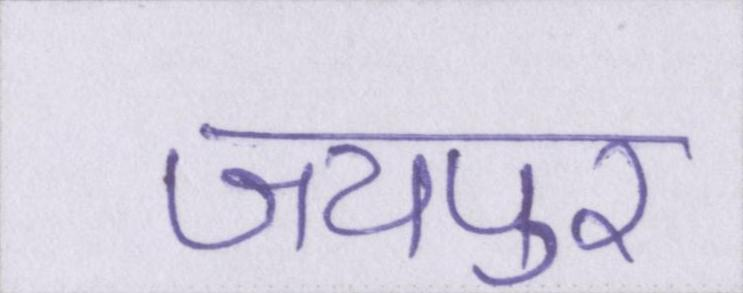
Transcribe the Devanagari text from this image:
जयपुर